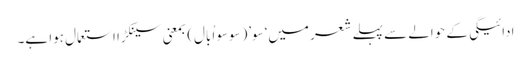
ادائیگی کے حوالے سے پہلے شعر میں‘سو’(سوسو اُبال) بمعنی سینکڑا استعمال ہوا ہے۔